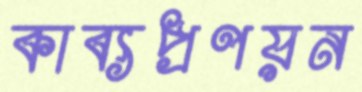
কাব্যপ্রণয়ন